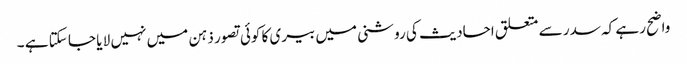
واضح رہے کہ سدر سے متعلق احادیث کی روشنی میں بیری کا کوئی تصور ذہن میں نہیں لا یا جا سکتا ہے ۔